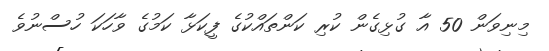
މިނިވަން 50 އާ ގުޅިގެން ކުރި ކަންތައްކުގެ ފީކަޅާ ކަމުގެ ވާހަކަ ހުސްނުވެ